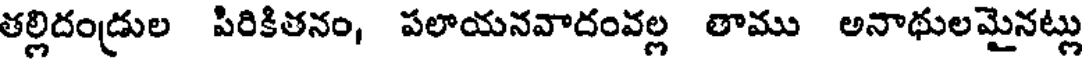
తల్లిదండ్రుల పిరికితనం, పలాయనవాదంవల్ల తాము అనాథులమైనట్లు